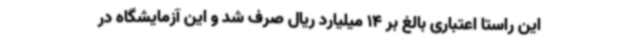
این راستا اعتباری بالغ بر 14 میلیارد ریال صرف شد و این آزمایشگاه در